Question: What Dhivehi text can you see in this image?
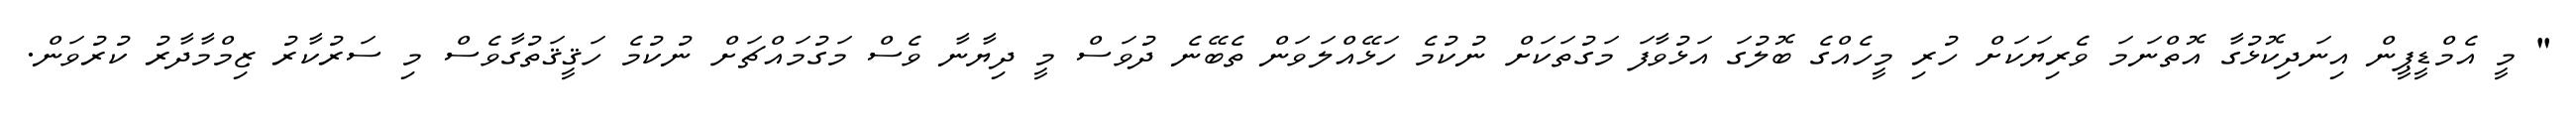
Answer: " މީ އެމްޑީޕީން އިނަދިކޮޅުގާ އޮތްނަމަ ވެރިޔަކަށް ހުރި މީހެއްގެ ބޮލުގަ އަޅުވާފަ މަގުތަކަށް ނުކުމެ ހަޅޭއްލަވަން ތެބޭނެ ދުވަސް މީ ދިޔާނާ ވެސް މަގުމައްޗަށް ނުކުމެ ހަޤީޤަތުގާވެސް މި ސަރުކާރު ޒިމްމާދާރު ކުރުވަން.